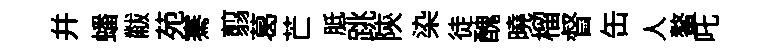
并蟠黻苑騫翦葛芒胝跳陝染徒醜曉榴督缶人鳌吒